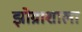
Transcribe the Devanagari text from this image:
झोग्राशाला